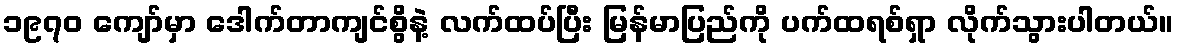
၁၉၇၀ ကျော်မှာ ဒေါက်တာကျင်စွိနဲ့ လက်ထပ်ပြီး မြန်မာပြည်ကို ပက်ထရစ်ရှာ လိုက်သွားပါတယ်။